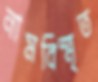
নামবিস্মৃত